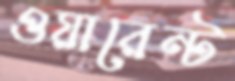
ওয়ারেন্ট